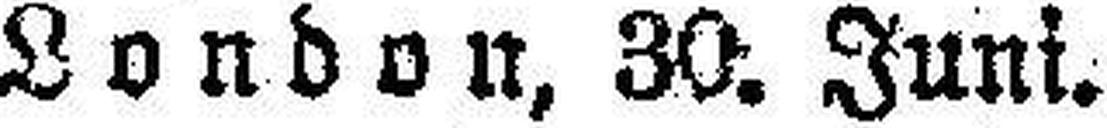
London, 30. Juni.